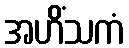
အဟိံသကံ